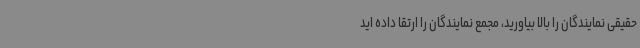
حقیقی نمایندگان را بالا بیاورید، مجمع نمایندگان را ارتقا داده اید